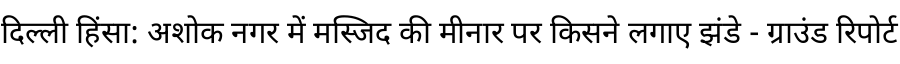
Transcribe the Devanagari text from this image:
दिल्ली हिंसा: अशोक नगर में मस्जिद की मीनार पर किसने लगाए झंडे - ग्राउंड रिपोर्ट